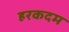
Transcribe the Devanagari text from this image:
हरकदम